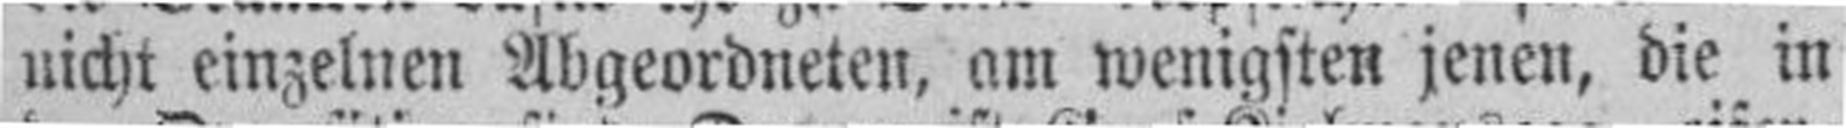
nicht einzelnen Abgeordneten, am wenigsten jenen, die in